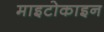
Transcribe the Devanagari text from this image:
माइटोकाइन